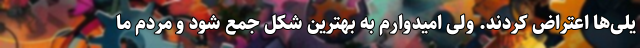
یلی‌ها اعتراض کردند. ولی امیدوارم به بهترین شکل جمع شود و مردم ما